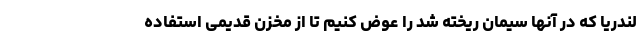
لندریا که در آنها سیمان ریخته شد را عوض کنیم تا از مخزن قدیمی استفاده